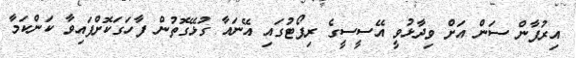
އިރުފާން ސަން އަށް ވިދާޅުވީ އޭސީސީގެ ރިޕޯޓުގައި އޭނައާ ގުޅޭގޮތުން ފާހަގަކޮށްފައިވާ ކަންކަމާ